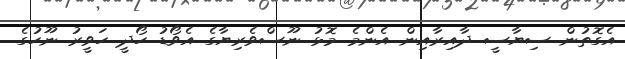
އެގޮތުން ސިޔާސީ ދާއިރާއިން އެންމެ މޮޅު ނޫސްވެރިޔާގެ އެވޯޑު ހޯދީ ހަވީރު ނޫހުގެ